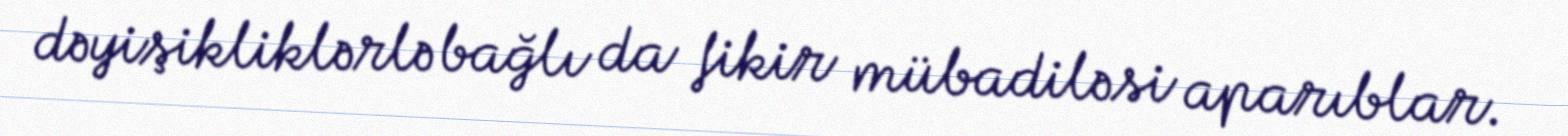
dəyişikliklərlə bağlı da fikir mübadiləsi aparıblar.